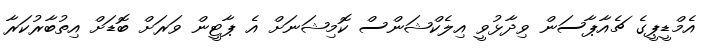
އެމްޑީޕީގެ ޗެއާޕާސަން ވިދާޅުވީ އިލެކްޝަންސް ކޮމިޝަނަށް އެ ޕާޓީން ވަރަށް ބޮޑަށް އިތުބާރުކަރާ